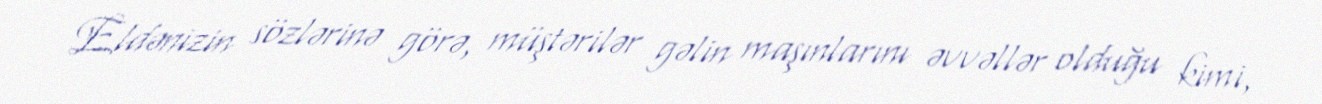
Eldənizin sözlərinə görə, müştərilər gəlin maşınlarını əvvəllər olduğu kimi,